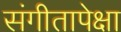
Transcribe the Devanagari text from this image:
संगीतापेक्षा